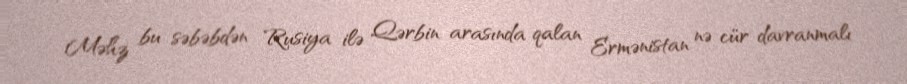
Məhz bu səbəbdən Rusiya ilə Qərbin arasında qalan Ermənistan nə cür davranmalı